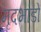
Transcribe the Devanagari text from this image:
मृदभांडों